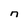
Character: n